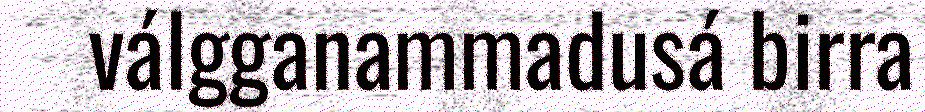
válgganammadusá birra